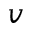
v